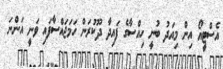
އެސްޓީއޯ އިން މިއަދު ބުނީ ހިއްސާގެ ފައިދާ ދޫކުރަން ހަމަޖައްސާފައި ވަނީ އަންނަ